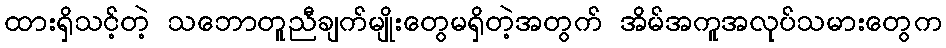
ထားရှိသင့်တဲ့ သဘောတူညီချက်မျိုးတွေမရှိတဲ့အတွက် အိမ်အကူအလုပ်သမားတွေက